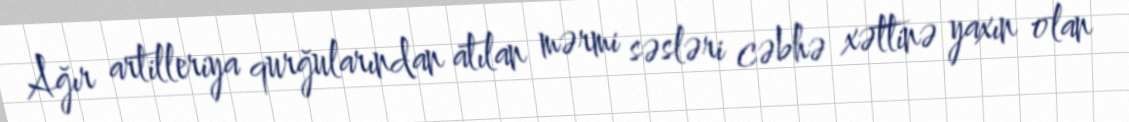
Ağır artilleriya qurğularından atılan mərmi səsləri cəbhə xəttinə yaxın olan